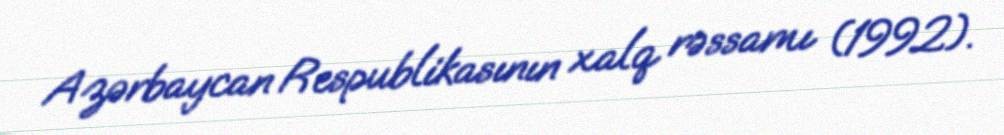
Azərbaycan Respublikasının xalq rəssamı (1992).